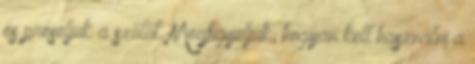
és préseljük a szőlőt. Megfigyeljük, hogyan kell használni a